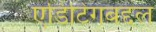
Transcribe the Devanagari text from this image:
एडिटिंगबद्दल